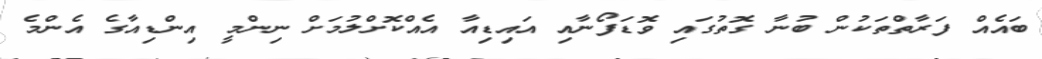
ބައެއް ފަރާތްތަކުން ބުނާ ގޮތުގައި ވޮޑަފޯނާއި އައިޑިއާ އެއްކޮށްލުމަށް ނިންމީ އިންޑިއާގެ އެންމެ